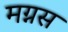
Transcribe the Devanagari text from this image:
मग्नस